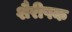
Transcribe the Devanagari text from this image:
शैरीषक